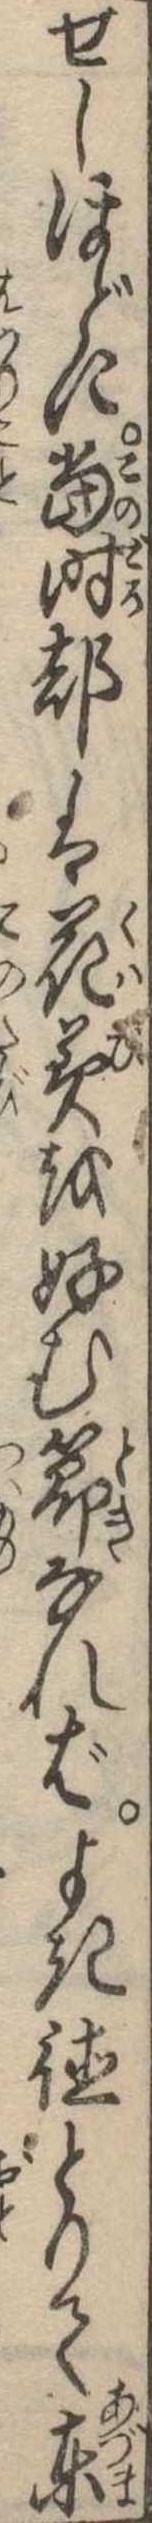
せしほどに当時都は花美を好む節なればよき徳とりて東